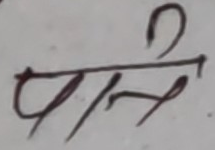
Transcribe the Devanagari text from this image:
पनि